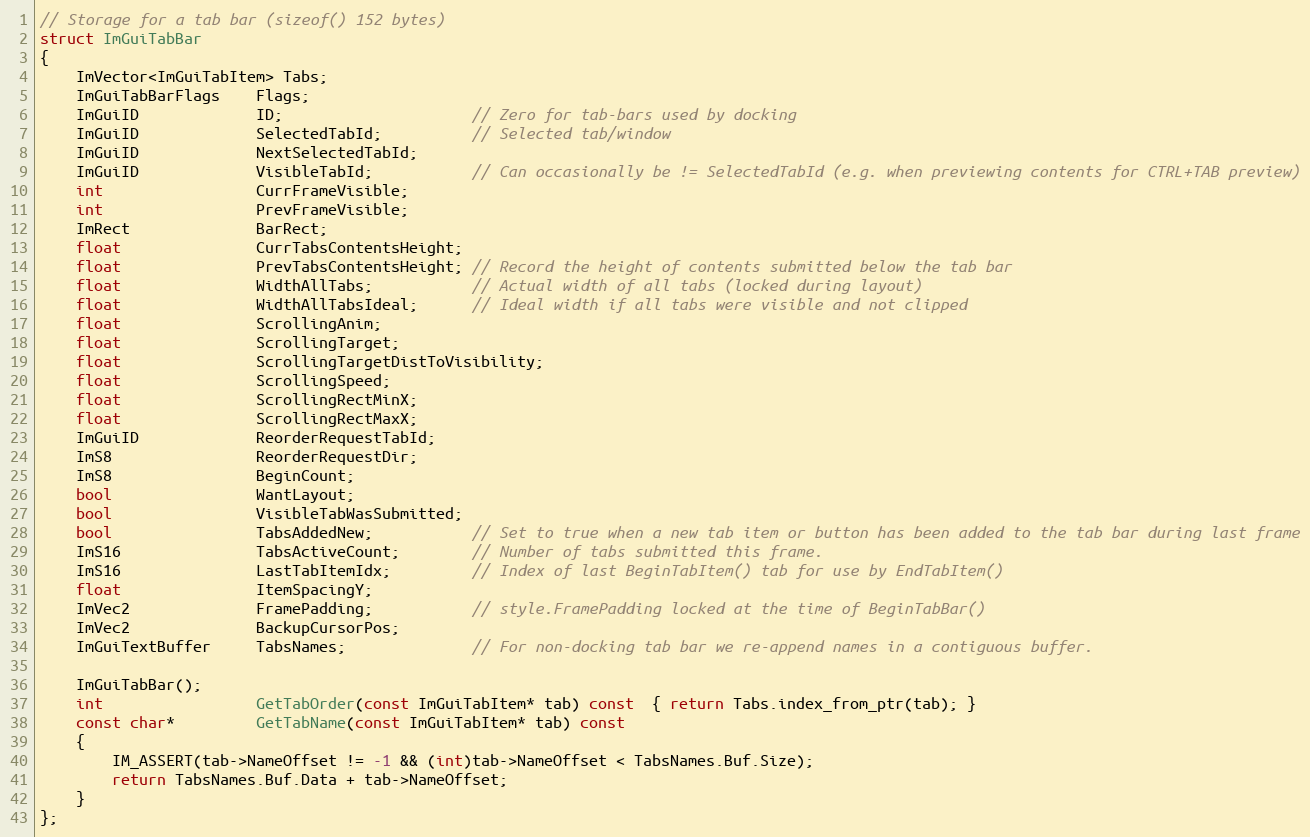
Language: C
// Storage for a tab bar (sizeof() 152 bytes)
struct ImGuiTabBar
{
    ImVector<ImGuiTabItem> Tabs;
    ImGuiTabBarFlags    Flags;
    ImGuiID             ID;                     // Zero for tab-bars used by docking
    ImGuiID             SelectedTabId;          // Selected tab/window
    ImGuiID             NextSelectedTabId;
    ImGuiID             VisibleTabId;           // Can occasionally be != SelectedTabId (e.g. when previewing contents for CTRL+TAB preview)
    int                 CurrFrameVisible;
    int                 PrevFrameVisible;
    ImRect              BarRect;
    float               CurrTabsContentsHeight;
    float               PrevTabsContentsHeight; // Record the height of contents submitted below the tab bar
    float               WidthAllTabs;           // Actual width of all tabs (locked during layout)
    float               WidthAllTabsIdeal;      // Ideal width if all tabs were visible and not clipped
    float               ScrollingAnim;
    float               ScrollingTarget;
    float               ScrollingTargetDistToVisibility;
    float               ScrollingSpeed;
    float               ScrollingRectMinX;
    float               ScrollingRectMaxX;
    ImGuiID             ReorderRequestTabId;
    ImS8                ReorderRequestDir;
    ImS8                BeginCount;
    bool                WantLayout;
    bool                VisibleTabWasSubmitted;
    bool                TabsAddedNew;           // Set to true when a new tab item or button has been added to the tab bar during last frame
    ImS16               TabsActiveCount;        // Number of tabs submitted this frame.
    ImS16               LastTabItemIdx;         // Index of last BeginTabItem() tab for use by EndTabItem()
    float               ItemSpacingY;
    ImVec2              FramePadding;           // style.FramePadding locked at the time of BeginTabBar()
    ImVec2              BackupCursorPos;
    ImGuiTextBuffer     TabsNames;              // For non-docking tab bar we re-append names in a contiguous buffer.

    ImGuiTabBar();
    int                 GetTabOrder(const ImGuiTabItem* tab) const  { return Tabs.index_from_ptr(tab); }
    const char*         GetTabName(const ImGuiTabItem* tab) const
    {
        IM_ASSERT(tab->NameOffset != -1 && (int)tab->NameOffset < TabsNames.Buf.Size);
        return TabsNames.Buf.Data + tab->NameOffset;
    }
};